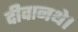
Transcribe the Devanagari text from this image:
दीवानथे।